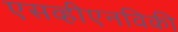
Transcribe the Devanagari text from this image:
एसव्हीएनविकी